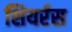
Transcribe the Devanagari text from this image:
शियर्रस